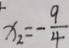
x _ { 2 } = - \frac { 9 } { 4 }